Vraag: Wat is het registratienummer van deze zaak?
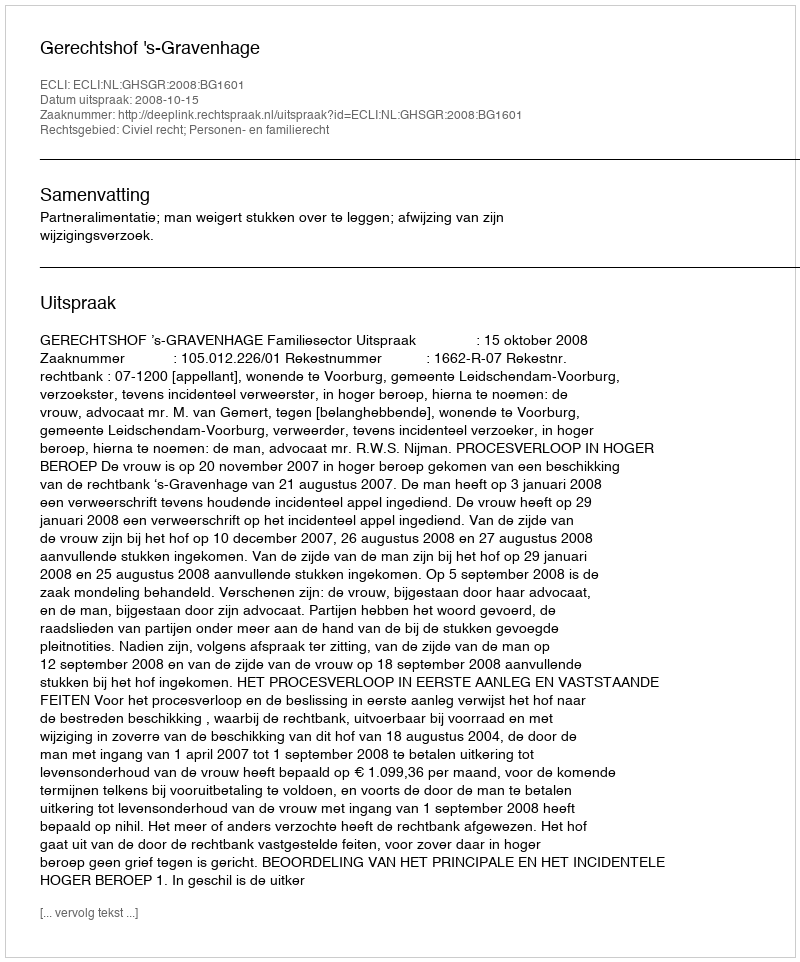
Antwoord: http://deeplink.rechtspraak.nl/uitspraak?id=ECLI:NL:GHSGR:2008:BG1601